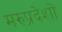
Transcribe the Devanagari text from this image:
मरुप्रदेशों